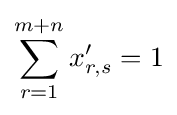
\sum _{r=1}^{m+n}{x'_{r,s}}=1